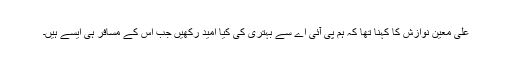
علی معین نوازش کا کہنا تھا کہ ہم پی آئی اے سے بہتری کی کیا امید رکھیں جب اس کے مسافر ہی ایسے ہیں۔